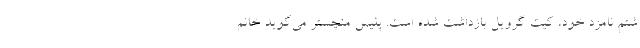
شتم نامزد خود، کیت گرویل بازداشت شده است. پلیس منچستر می‌گوید خانم